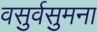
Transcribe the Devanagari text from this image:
वसुर्वसुमना